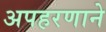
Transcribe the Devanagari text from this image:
अपहरणाने